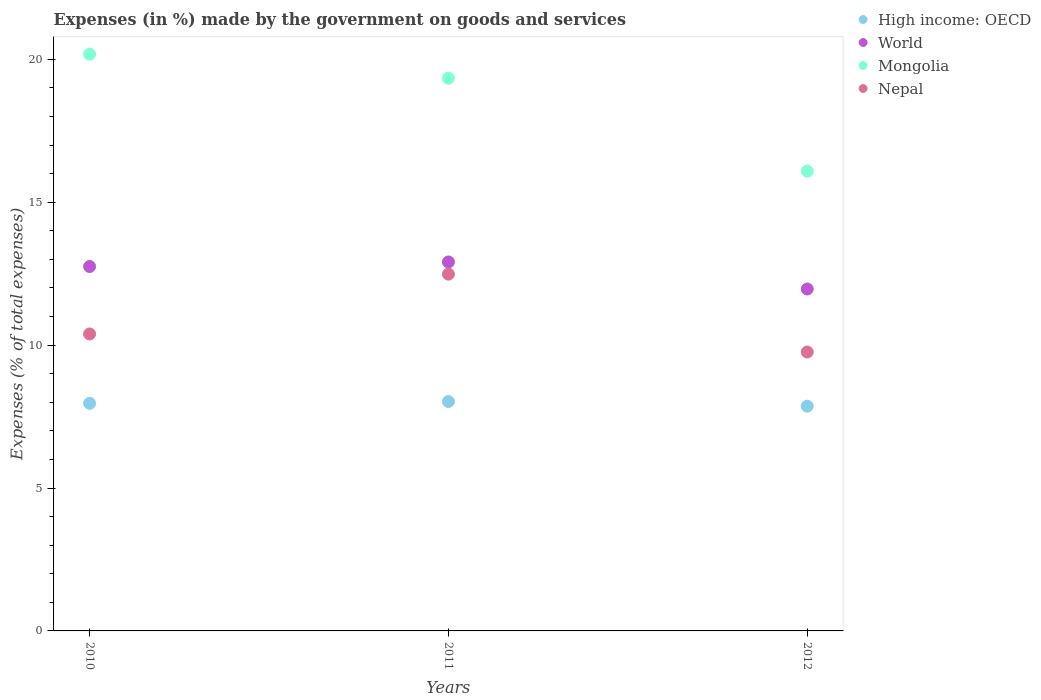
| Years | High income: OECD | World | Mongolia | Nepal |
 | --- | --- | --- | --- | --- |
 | 2010 | 7.96 | 12.8 | 20.2 | 10.4 |
 | 2011 | 8.03 | 12.9 | 19.3 | 12.5 |
 | 2012 | 7.86 | 12 | 16.1 | 9.76 |